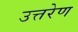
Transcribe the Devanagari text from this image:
उत्तरेण